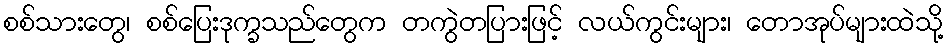
စစ်သားတွေ၊ စစ်ပြေးဒုက္ခသည်တွေက တကွဲတပြားဖြင့် လယ်ကွင်းများ၊ တောအုပ်များထဲသို့